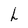
Character: h